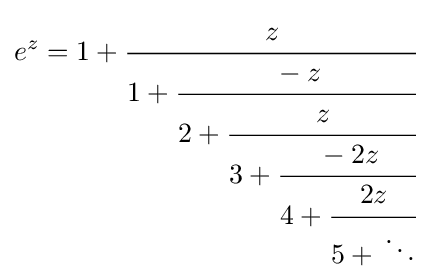
e^{z}=1+{\cfrac {z}{1+{\cfrac {-z}{2+{\cfrac {z}{3+{\cfrac {-2z}{4+{\cfrac {2z}{5+{}\ddots }}}}}}}}}}